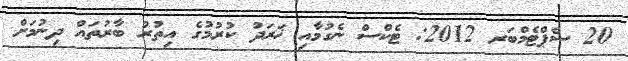
20 ސެޕްޓެމްބަރ 2012: ޓެކްސް ނެގުމާއި ޚަރަދު ކުރުމުގެ އިތުރު ބާރުތައް ދިނުމަށް